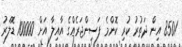
8501 އިން ދަތުރު ކުރި ކޮންމެ ފަސިންޖަރެއްގެ އާއިލާ އަށް 100000 ޑޮލަރު